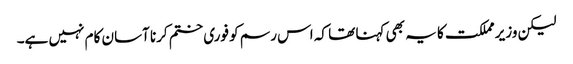
لیکن وزیر مملکت کا یہ بھی کہنا تھا کہ اس رسم کو فوری ختم کرنا آسان کام نہیں ہے۔